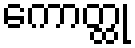
ကောတ္ထု